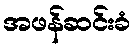
အဖန်ဆင်းခံ